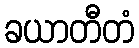
ခယာတီတံ